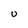
Character: U